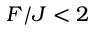
F / J < 2